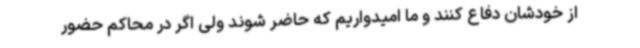
از خودشان دفاع کنند و ما امیدواریم که حاضر شوند ولی اگر در محاکم حضور